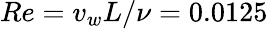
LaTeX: Re=v_{w}L/\nu=0.0125